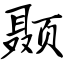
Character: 颞